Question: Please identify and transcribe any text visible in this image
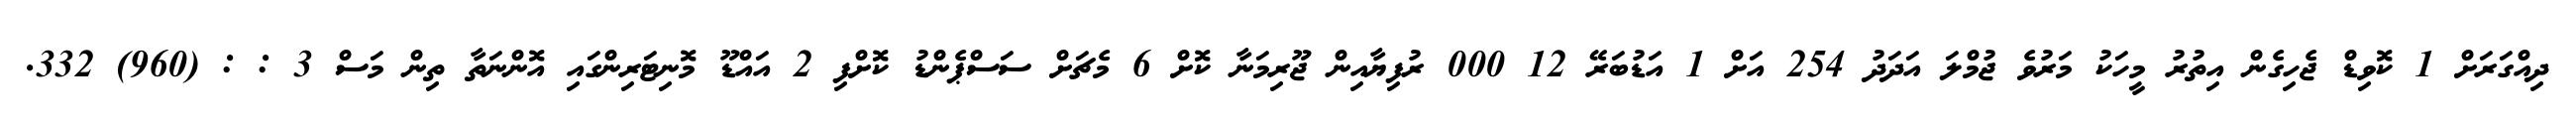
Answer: ދިއްގަރަށް 1 ކޮވިޑް ޖެހިގެން އިތުރު މީހަކު މަރުވެ ޖުމްލަ އަދަދު 254 އަށް 1 އަޑުބަރޭ 12 000 ރުފިޔާއިން ޖޫރިމަނާ ކޮށް 6 މެޗަށް ސަސްޕެންޑު ކޮށްފި 2 އައްޑޫ މޮނިޓަރިންގައި އޮންނަތާ ތިން މަސް 3 : : (960) 332.